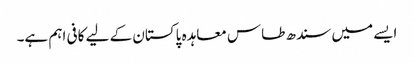
ایسے میں سندھ طاس معاہدہ پاکستان کے لیے کافی اہم ہے۔